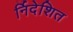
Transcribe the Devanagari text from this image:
र्निदेशित